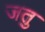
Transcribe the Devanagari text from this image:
जतु